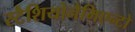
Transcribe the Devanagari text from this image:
स्टैशियोनैमिएन्टो